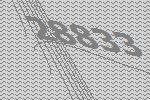
28833